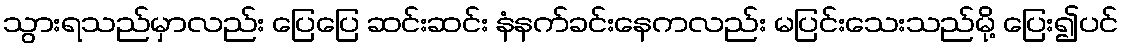
သွားရသည်မှာလည်း ပြေပြေ ဆင်းဆင်း နံနက်ခင်းနေကလည်း မပြင်းသေးသည်မို့ ပြေး၍ပင်